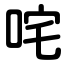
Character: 咤